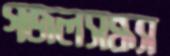
গজলসন্ধ্যা